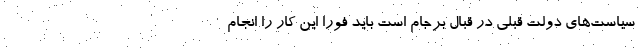
سیاست‌های دولت قبلی در قبال برجام است باید فوراً این کار را انجام